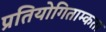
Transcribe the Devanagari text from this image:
प्रतियोगिताम्कता